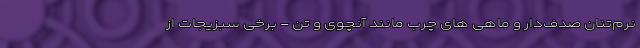
نرم‌تنان صدف‌دار و ماهی های چرب مانند آنچوی و تن - برخی سبزیجات از